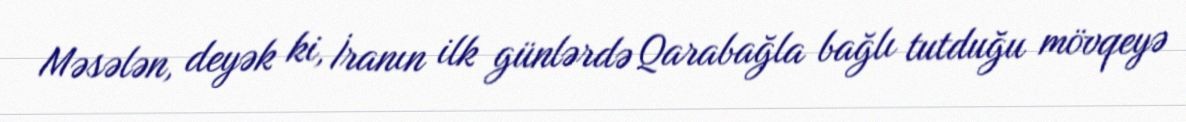
Məsələn, deyək ki, İranın ilk günlərdə Qarabağla bağlı tutduğu mövqeyə